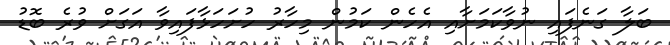
ބަލާ ގަނެފައި ނުވާކަމަށާއި އެހެން ކަމުން މިހާރު ހުށަހަޅާފައިވާ އަގަށް ވުރެ ބޮޑު